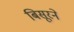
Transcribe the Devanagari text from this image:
बिसूरने